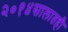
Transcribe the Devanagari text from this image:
२०१४सालातही